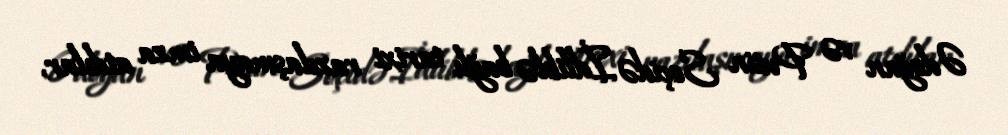
Ədoğan və Putin Soçidə İdliblə bağlı tarixi razılaşmaya imza atdılar,